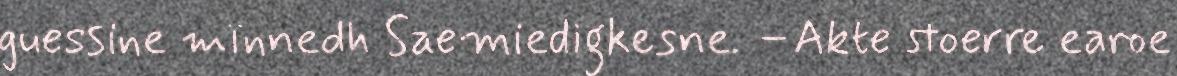
guessine mïnnedh Saemiedigkesne. –Akte stoerre earoe